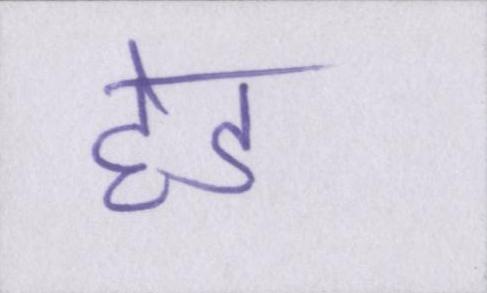
हेड